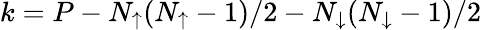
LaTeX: k=P-N_{\uparrow}(N_{\uparrow}-1)/2-N_{\downarrow}(N_{\downarrow}-1)/2